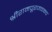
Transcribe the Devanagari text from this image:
श्रीरामपूरजवळच